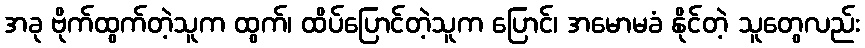
အခု ဗိုက်ထွက်တဲ့သူက ထွက်၊ ထိပ်ပြောင်တဲ့သူက ပြောင်၊ အမောမခံ နိုင်တဲ့ သူတွေလည်း